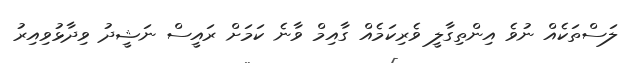
ލަސްތަކެއް ނުވެ އިންތިގާލީ ވެރިކަމެއް ގާއިމް ވާނެ ކަމަށް ރައީސް ނަޝީދު ވިދާޅުވިއިރު